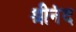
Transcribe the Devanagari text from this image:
श्रीनंद